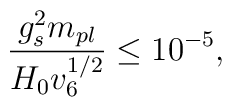
\frac{g_s^2m_{pl}}{H_0v_6^{1/2}} \leq 10^{-5},